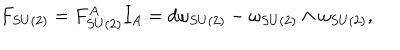
F _ { S U ( 2 ) } = F _ { S U ( 2 ) } ^ { A } I _ { A } = d \omega _ { S U ( 2 ) } - \omega _ { S U ( 2 ) } \wedge \omega _ { S U ( 2 ) } ,